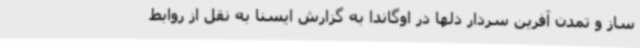
ساز و تمدن آفرین سردار دلها در اوگاندا به گزارش ایسنا به نقل از روابط